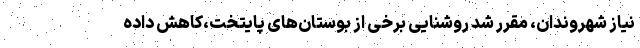
نیاز شهروندان، مقرر شد روشنایی برخی از بوستان‌های پایتخت،کاهش داده